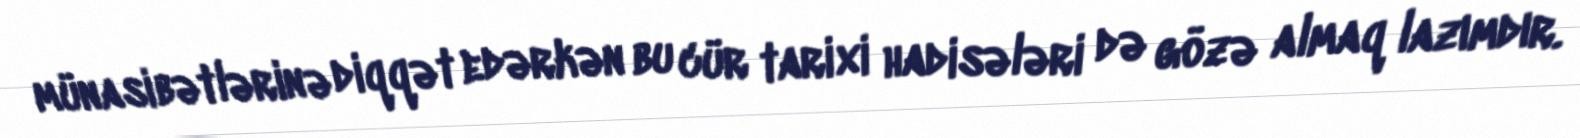
münasibətlərinə diqqət edərkən bu cür tarixi hadisələri də gözə almaq lazımdır.